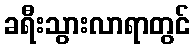
ခရီးသွားလာရာတွင်